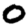
Digit: 0